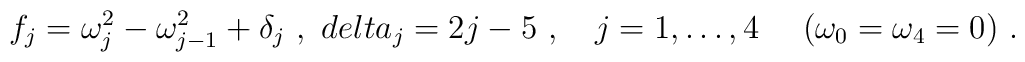
f_j = \omega_j^2 - \omega^2_{j-1} + \delta_j \ , \ \ \\delta_j = 2j - 5 \ , \ \ \ j=1,\ldots,4 \  \ \ \ (\omega_0=\omega_4=0)\ .